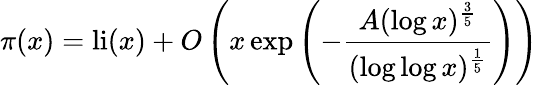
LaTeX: \pi(x)=\operatorname{li}(x)+O\left(x\exp\left(-{\frac{A(\log x)^{\frac{3}{5}}}{(\log\log x)^{\frac{1}{5}}}}\right)\right)